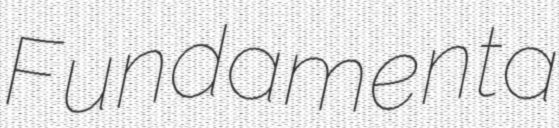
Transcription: Fundamenta